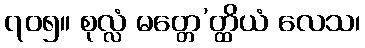
၇၀၅။ စုလ္လံ မတ္တေ’တ္ထိယံ လေသ၊